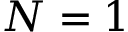
N = 1